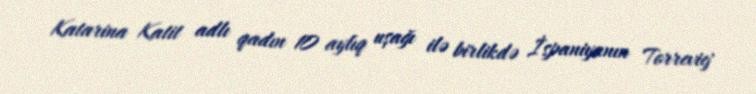
Katarina Katit adlı qadın 10 aylıq uşağı ilə birlikdə İspaniyanın Torreviej